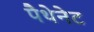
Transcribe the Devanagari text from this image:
पैथेनेट